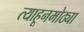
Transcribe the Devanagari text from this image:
त्याहूनमोठ्या